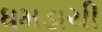
ધમડાચી